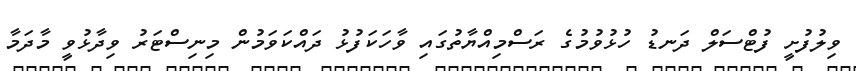
ވިލުފުށީ ފުޓްސަލް ދަނޑު ހުޅުވުމުގެ ރަސްމިއްޔާތުގައި ވާހަކަފުޅު ދައްކަވަމުން މިނިސްޓަރު ވިދާޅުވީ މާދަމާ